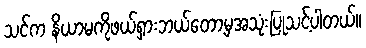
သင်က နိယာမကိုဖယ်ရှားဘယ်တော့မှအသုံးပြုသင့်ပါတယ်။